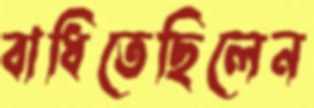
বাধিতেছিলেন